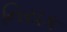
નિયક